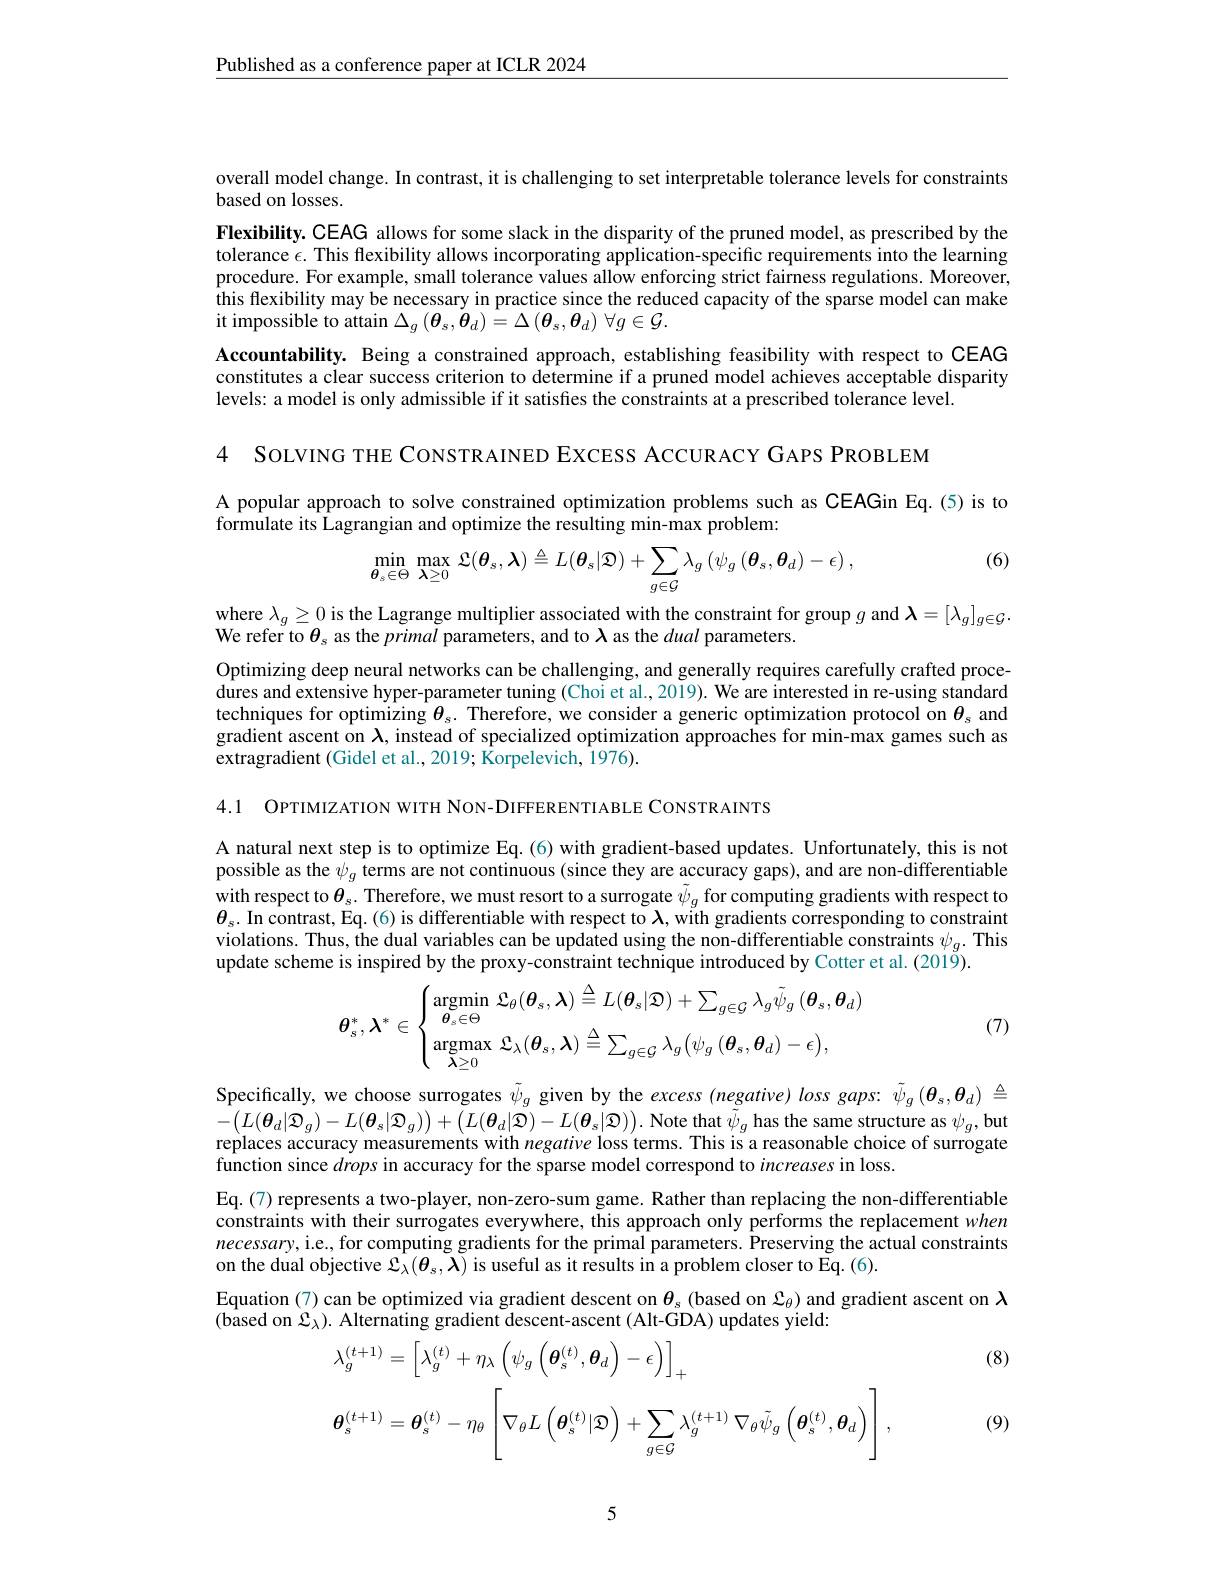
$\underline{\text{Published as a conference paper at ICLR 2024}}$

overall model change. In contrast, it is challenging to set interpretable tolerance levels for constraints
based on losses.
Flexibility. CEAG allows for some slack in the disparity of the pruned model, as prescribed by the tolerance $\epsilon.$ This flexibility allows incorporating application-specific requirements into the learning procedure. For example, small tolerance values allow enforcing strict fairness regulations. Moreover, this flexibility may be necessary in practice since the reduced capacity of the sparse model can make it impossible to attain $\Delta_g\left(\boldsymbol{\theta}_{s},\boldsymbol{\theta}_{d}\right)=\Delta\left(\boldsymbol{\theta}_{s},\boldsymbol{\theta}_{d}\right)\forall g\in\mathcal{G}.$
Accountability. Being a constrained approach, establishing feasibility with respect to CEAG constitutes a clear success criterion to determine if a pruned model achieves acceptable disparity levels: a model is only admissible if it satisfes the constraints at a prescribed tolerance level.
4 SOLVING THE CONSTRAINED EXCESS ACCURACY GAPS PROBLEM

A popular approach to solve constrained optimization problems such as CEAGin Eq.(5)is to

(6)

formulate its Lagrangian and optimize the resulting min-max problem:
$$\min\limits_{\boldsymbol{\theta}_{s}\in\Theta}\max\limits_{\boldsymbol{\lambda}\geq0}\:\mathfrak{L}(\boldsymbol{\theta}_{s},\boldsymbol{\lambda})\triangleq L(\boldsymbol{\theta}_{s}|\mathcal{D})+\sum\limits_{g\in\mathcal{G}}\lambda_{g}\left(\psi_{g}\left(\boldsymbol{\theta}_{s},\boldsymbol{\theta}_{d}\right)-\epsilon\right),$$
where $\lambda_g\geq0$ is the Lagrange multiplier associated with the constraint for group $g$ and $\boldsymbol{\lambda}=[\lambda_g]_{g\in\mathcal{G}}.$
We refer to $\theta_s$ as the primal parameters, and to $\lambda$ as the dual parameters.

Optimizing deep neural networks can be challenging, and generally requires carefully crafted procedures and extensive hyper-parameter tuning (Choi et al., 2019). We are interested in re-using standard techniques for optimizing $\theta_\mathrm{s}.$ Therefore, we consider a generic optimization protocol on $\theta_\mathrm{s}$ and gradient ascent on $\lambda$, instead of specialized optimization approaches for min-max games such as extragradient (Gidel et al., 2019; Korpelevich, 1976).

4.1 OPTIMIZATION WITH NON-DIFFERENTIABLE CONSTRAINTS

A natural next step is to optimize Eq.(6) with gradient-based updates. Unfortunately, this is not possible as the $\psi_g$ terms are not continuous (since they are accuracy gaps), and are non-differentiable with respect to $\boldsymbol{\theta}_s.$ Therefore, we must resort to a surrogate $\tilde{\psi}_g$ for computing gradients with respect to $\theta_{s}.$ In contrast, Eq.(6) is differentiable with respect to $\lambda$, with gradients corresponding to constraint violations. Thus, the dual variables can be updated using the non-differentiable constraints $\psi_g.$ This update scheme is inspired by the proxy-constraint technique introduced by Cotter et al. (2019).
$$\boldsymbol{\theta}_{s}^{*},\boldsymbol{\lambda}^{*}\in\begin{cases}\mathop{\mathrm{argmin}}\limits_{\boldsymbol{\theta}_{s}\in\Theta}\mathcal{L}_{\theta}(\boldsymbol{\theta}_{s},\boldsymbol{\lambda})\triangleq L(\boldsymbol{\theta}_{s}|\mathcal{D})+\sum_{g\in\mathcal{G}}\lambda_{g}\tilde{\psi}_{g}\:(\boldsymbol{\theta}_{s},\boldsymbol{\theta}_{d})\\\mathop{\mathrm{argmax}}\limits_{\boldsymbol{\lambda}\geq0}\mathcal{L}_{\lambda}(\boldsymbol{\theta}_{s},\boldsymbol{\lambda})\triangleq\sum_{g\in\mathcal{G}}\lambda_{g}\big(\psi_{g}\:(\boldsymbol{\theta}_{s},\boldsymbol{\theta}_{d})-\epsilon\big),\end{cases}$$
(7)

Specifically, we choose surrogates $\tilde{\psi}_g$ given by the excess (negative) loss gaps: $\tilde{\psi}_g\left(\boldsymbol{\theta}_s,\boldsymbol{\theta}_d\right)\triangleq$ $-(L(\boldsymbol{\theta}_d|\mathcal{Q}_g)-L(\boldsymbol{\theta}_s|\mathcal{Q}_g))+\left(L(\boldsymbol{\theta}_d|\mathcal{Q})-L(\boldsymbol{\theta}_s|\mathcal{Q})\right).$ Note that $\tilde{\psi}_g$ has the same structure as $\psi_g$,but replaces accuracy measurements with negative loss terms. This is a reasonable choice of surrogate function since drops in accuracy for the sparse model correspond to increases in loss.
Eq.(7) represents a two-player, non-zero-sum game. Rather than replacing the non-differentiable constraints with their surrogates everywhere, this approach only performs the replacement when necessary, i.e., for computing gradients for the primal parameters. Preserving the actual constraints on the dual objective $\mathcal{S}_\lambda(\boldsymbol{\theta}_s,\tilde{\boldsymbol{\lambda}})$ is useful as it results in a problem closer to Eq. (6).
Equation (7) can be optimized via gradient descent on $\theta_\mathrm{s}\left(\text{based on }\mathcal{L}_\theta\right)$ and gradient ascent on $\lambda$
$(\hat{\text{based on }\mathcal{L}}_\lambda).\hat{\text{ Alternating gradient descent-ascent (Alt-GDA) updates yield:}}$

(8)
$$\begin{aligned}&\lambda_{g}^{(t+1)}=\left[\lambda_{g}^{(t)}+\eta_{\lambda}\left(\psi_{g}\left(\boldsymbol{\theta}_{s}^{(t)},\boldsymbol{\theta}_{d}\right)-\epsilon\right)\right]_{+}\\&\boldsymbol{\theta}_{s}^{(t+1)}=\boldsymbol{\theta}_{s}^{(t)}-\eta_{\theta}\left[\nabla_{\theta}L\left(\boldsymbol{\theta}_{s}^{(t)}|\mathfrak{D}\right)+\sum_{g\in\mathcal{G}}\lambda_{g}^{(t+1)}\nabla_{\theta}\tilde{\psi}_{g}\left(\boldsymbol{\theta}_{s}^{(t)},\boldsymbol{\theta}_{d}\right)\right],\end{aligned}$$
(9)

5